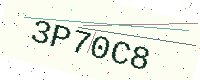
Text: 3P70C8